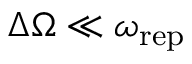
\Delta \Omega \ll \omega _ { \mathrm { r e p } }